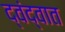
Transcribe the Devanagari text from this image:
द्वंद्वात